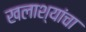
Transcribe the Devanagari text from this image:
खलाश्यांचा